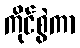
ကိုင်စွဲကာ